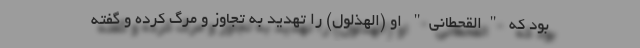
بود که "القحطانی" او (الهَذلول) را تهدید به تجاوز و مرگ کرده و گفته